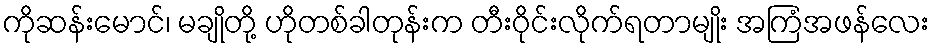
ကိုဆန်းမောင်၊ မချိုတို့ ဟိုတစ်ခါတုန်းက တီးဝိုင်းလိုက်ရတာမျိုး အကြံအဖန်လေး